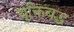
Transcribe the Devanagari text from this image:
युक्तिबद्ध